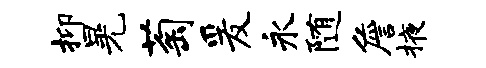
抑晃萄爰永随詹掖